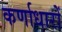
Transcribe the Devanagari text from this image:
कर्णाधारों